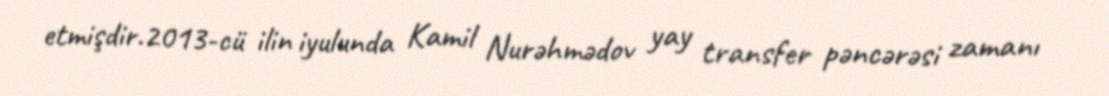
etmişdir.2013-cü ilin iyulunda Kamil Nurəhmədov yay transfer pəncərəsi zamanı